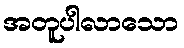
အတူပါလာသော